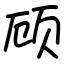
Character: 顾